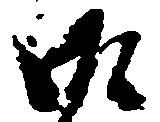
御